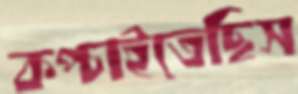
কপ্‌চাইতেছিস